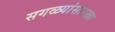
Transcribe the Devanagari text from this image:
सगळ्यांसारखा